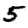
Digit: 5